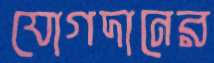
যোগদানের